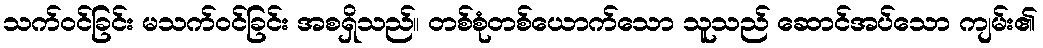
သက်ဝင်ခြင်း မသက်ဝင်ခြင်း အစရှိသည်။ တစ်စုံတစ်ယောက်သော သူသည် ဆောင်အပ်သော ကျမ်း၏